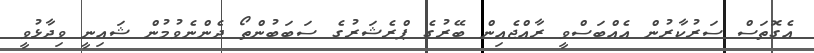
އެގޮތަސް ސަރުކާރުން އެއްބަސްވީ ރާއްޖެއިން ބޭރުގެ ޕްރެޝަރުގެ ސަބަބުންތޯ ދެންނެވުމުން ޝައިނީ ވިދާޅުވީ